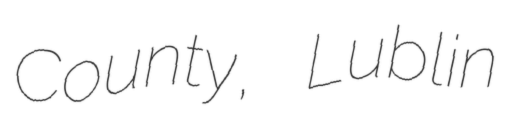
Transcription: County, Lublin